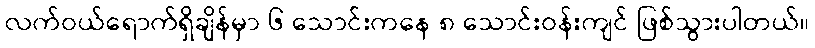
လက်ဝယ်ရောက်ရှိချိန်မှာ ၆ သောင်းကနေ ၈ သောင်းဝန်းကျင် ဖြစ်သွားပါတယ်။